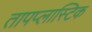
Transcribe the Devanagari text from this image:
तापप्लास्टिक